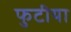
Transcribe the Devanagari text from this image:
फुटीया